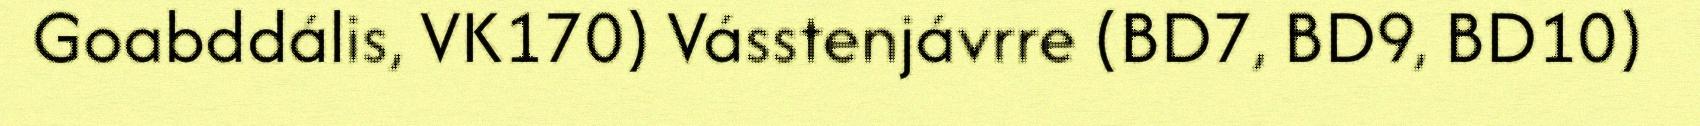
Goabddális, VK170) Vásstenjávrre (BD7, BD9, BD10)